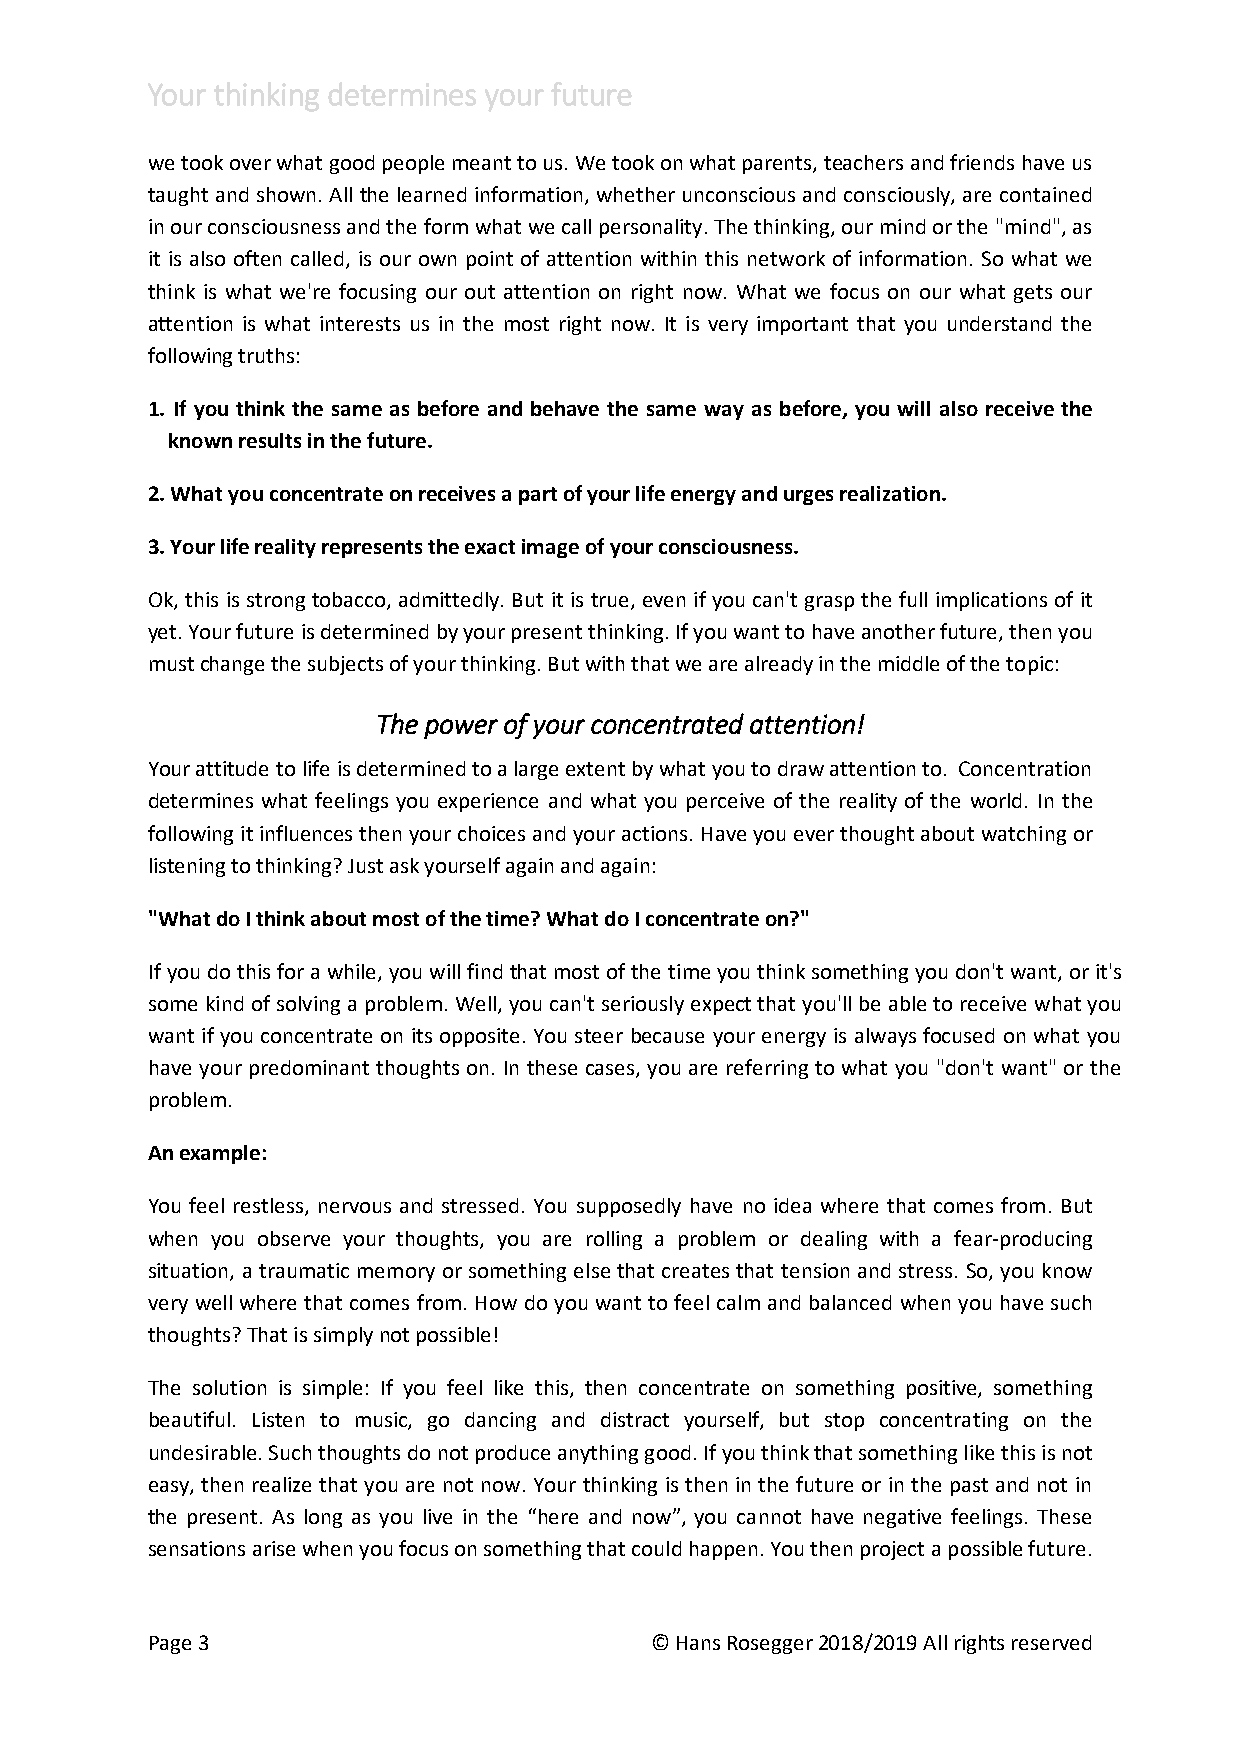
Your thinking determines your future
 we took over what good people meant to us. We took on what parents, teachers and friends have us
 taught and shown. All the learned information, whether unconscious and consciously, are contained
 in our consciousness and the form what we call personality. The thinking, our mind or the "mind", as
 it is also often called, is our own point of attention within this network of information. So what we
 think is what we're focusing our out attention on right now. What we focus on our what gets our
 attention is what interests us in the most right now. It is very important that you understand the
 following truths:
 1. If you think the same as before and behave the same way as before, you will also receive the
 known results in the future.
 2. What you concentrate on receives a part of your life energy and urges realization.
 3. Your life reality represents the exact image of your consciousness.
 Ok, this is strong tobacco, admittedly. But it is true, even if you can't grasp the full implications of it
 yet. Your future is determined by your present thinking. If you want to have another future, then you
 must change the subjects of your thinking. But with that we are already in the middle of the topic:
 The power of your concentrated attention!
 Your attitude to life is determined to a large extent by what you to draw attention to. Concentration
 determines what feelings you experience and what you perceive of the reality of the world. In the
 following it influences then your choices and your actions. Have you ever thought about watching or
 listening to thinking? Just ask yourself again and again:
 "What do I think about most of the time? What do I concentrate on?"
 If you do this for a while, you will find that most of the time you think something you don't want, or it's
 some kind of solving a problem. Well, you can't seriously expect that you'll be able to receive what you
 want if you concentrate on its opposite. You steer because your energy is always focused on what you
 have your predominant thoughts on. In these cases, you are referring to what you "don't want" or the
 problem.
 An example:
 You feel restless, nervous and stressed. You supposedly have no idea where that comes from. But
 when you observe your thoughts, you are rolling a problem or dealing with a fear-producing
 situation, a traumatic memory or something else that creates that tension and stress. So, you know
 very well where that comes from. How do you want to feel calm and balanced when you have such
 thoughts? That is simply not possible!
 The solution is simple: If you feel like this, then concentrate on something positive, something
 beautiful. Listen to music, go dancing and distract yourself, but stop concentrating on the
 undesirable. Such thoughts do not produce anything good. If you think that something like this is not
 easy, then realize that you are not now. Your thinking is then in the future or in the past and not in
 the present. As long as you live in the “here and now”, you cannot have negative feelings. These
 sensations arise when you focus on something that could happen. You then project a possible future.
 Page 3                           © Hans Rosegger 2018/2019 All rights reserved